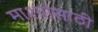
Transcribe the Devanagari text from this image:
माश्यांसाठी